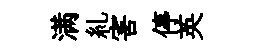
满糺害停英